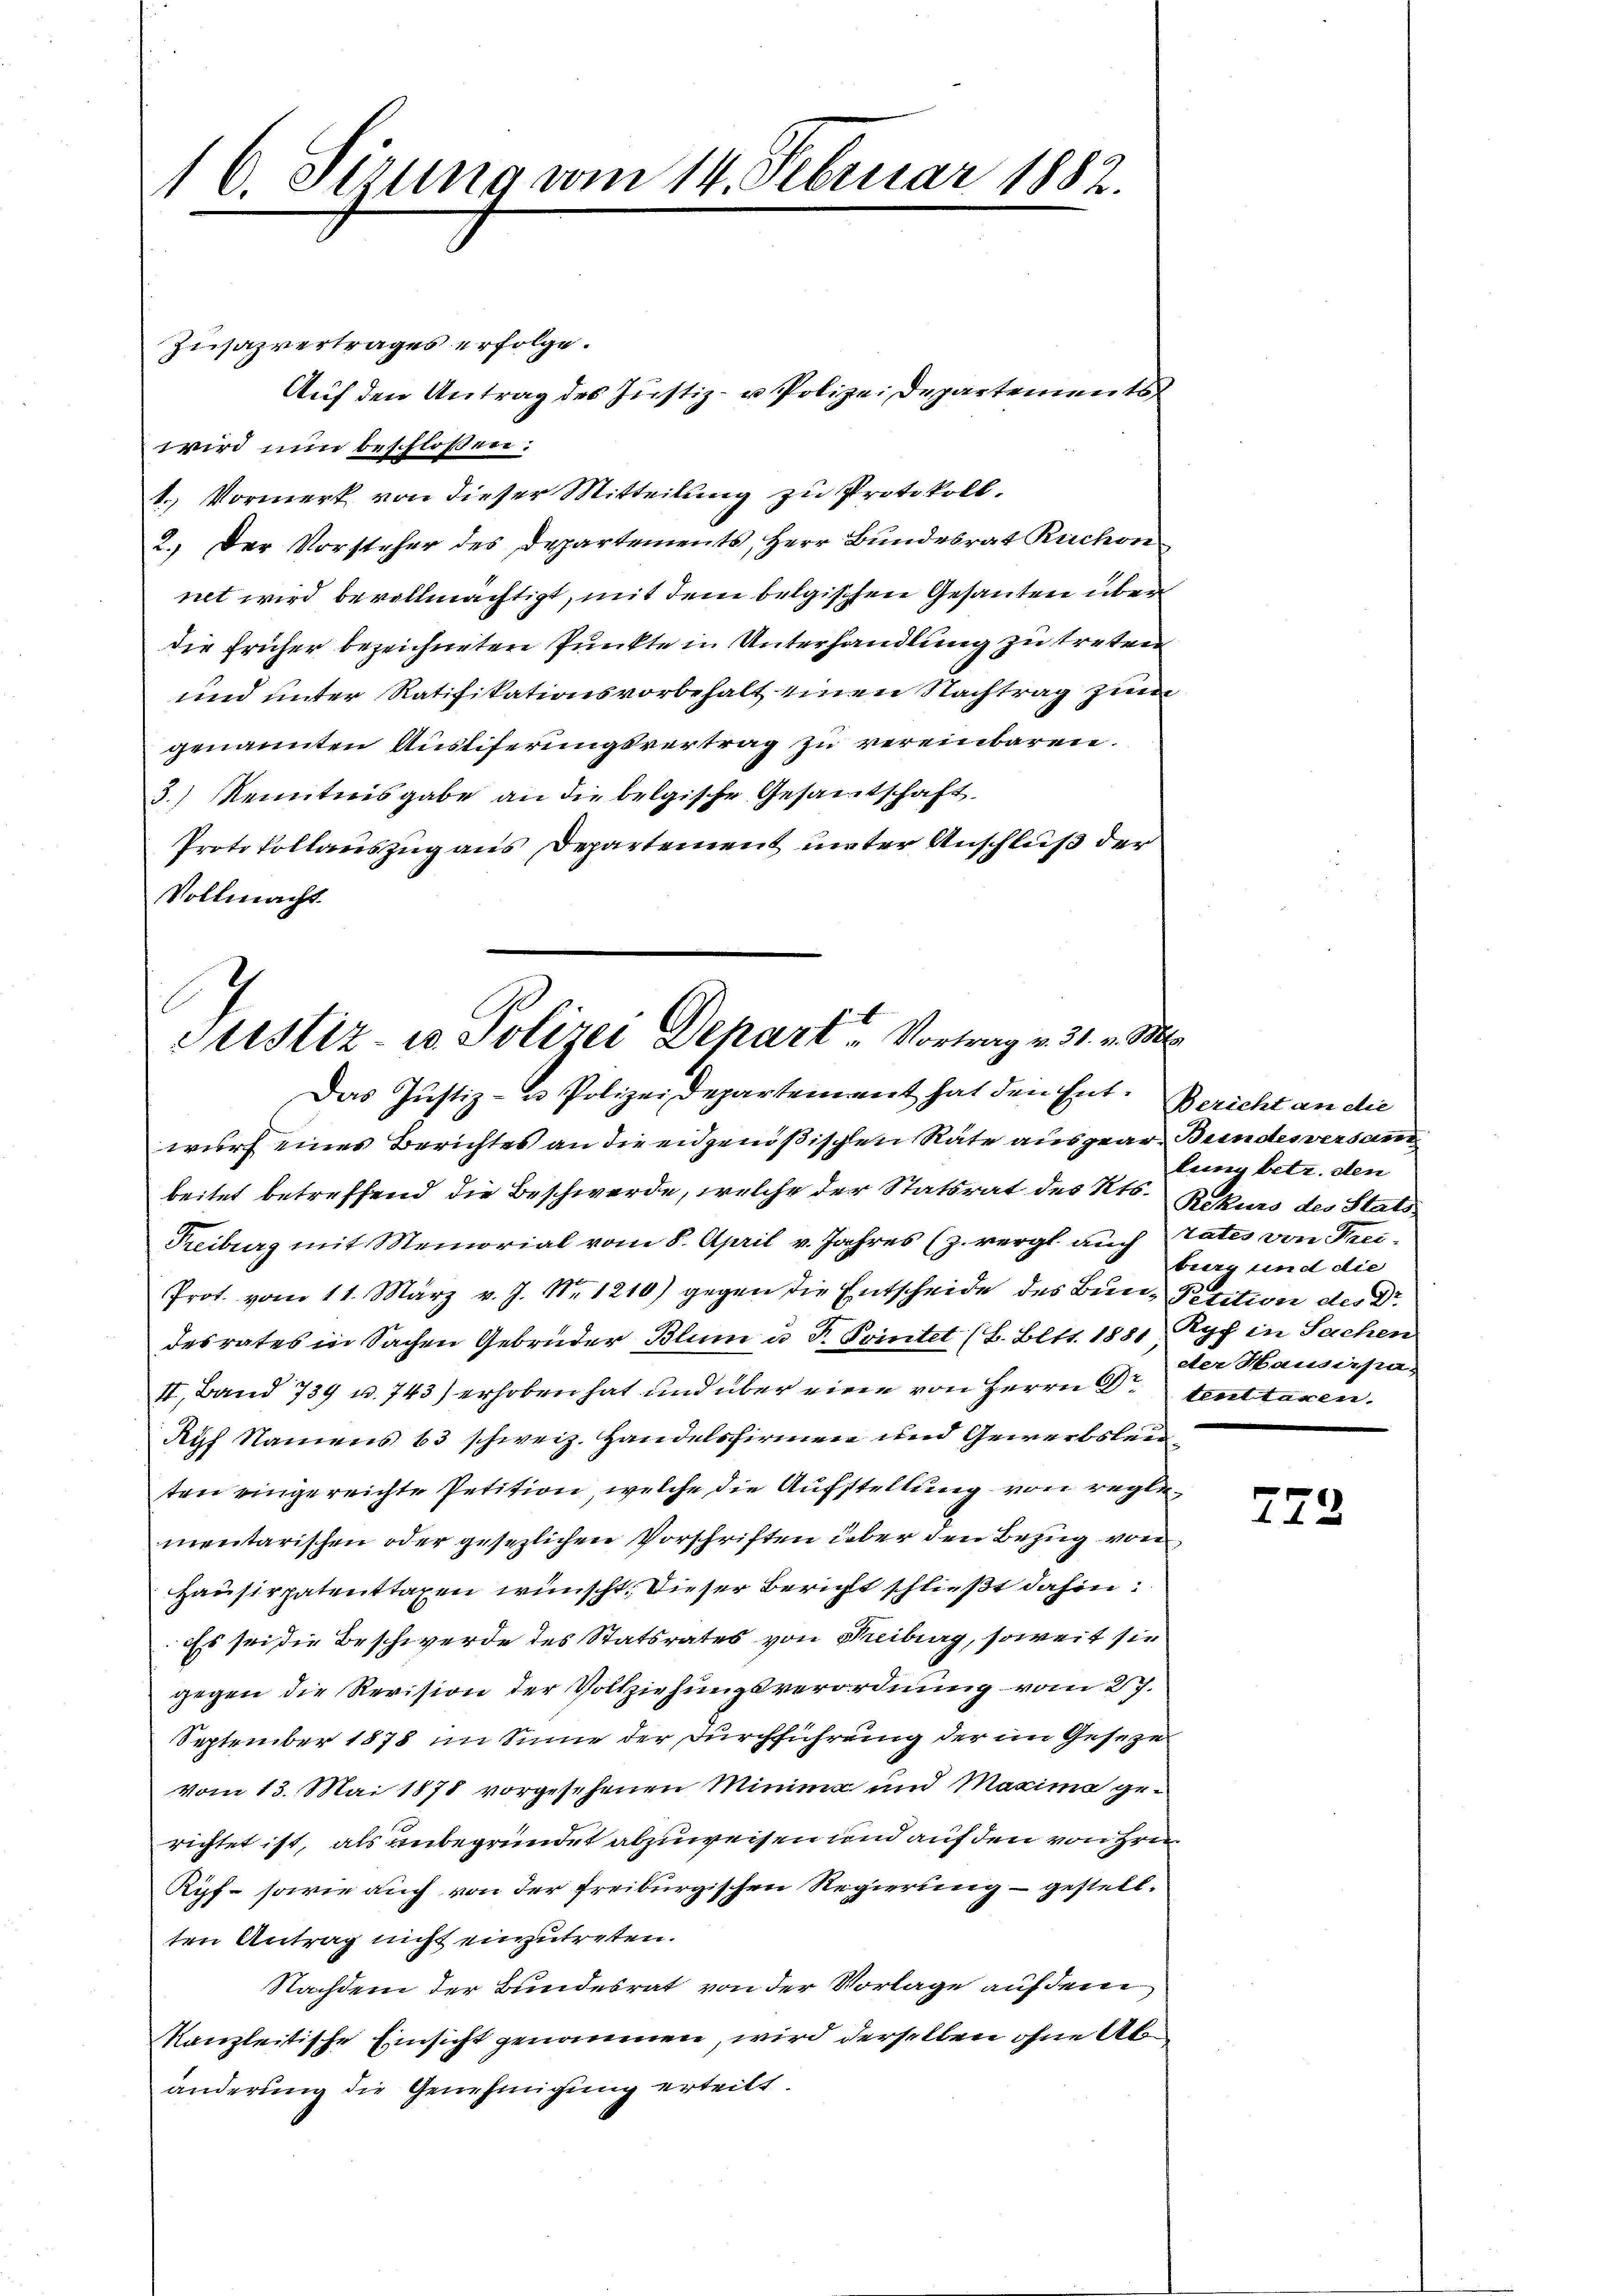
16. Sizung vom 14. Februar 1882.

Zusazvertrages erfolge.
Auf den Antrag des Justiz- u. Polizei Departement
wird nun beschloßen:
1.) Vormerk von dieser Mitteilung zu Protokoll.
2.) Der Vorsteher des Departements, Herr Bundesrat Ruchon
net wird bevollmächtigt, mit dem belgischen Gesanten über
die früher bezeichneten Punkte in Unterhandlung zu treten
und unter Ratifikationsvorbehalt einen Nachtrag zur
genannten Ausliferungsvertrag zu vereinbaren.
3.) Kenntnisgabe an die belgische Gesamtschaft.
Protokollauszug aus Departement unter Anschluß der
Vollmacht.

Justiz u. Polizei Depart Vortrag v. 31. v. S
Das Justiz- u Polizeidepartement hat den Ent. Bericht an die

wurf eines Berichtes an die eidgenößischen Räte ausgear- Bundesversamm
beitet betreffend die Beschwerde, welche der Statsrat des Kts. Rekurs des Stats
Treiburg mit Memorial vom 8. April v. Jahres (z. vergl. auch tates von Frei¬

Prot. vom 11. März v. J. Nr. 1210) gegen die Entscheide des Bun- Petition des Dr
desrates in Sachen Gebrüder Blum u. F. Pointet (S. Bett. 1881 Ryf in Sachen
II. Band 739 u. 743) erhoben hat und über eine von Herrn Dr. tent taxen
Ryf Namens 63 schweiz. Handelsfirmen und Gewerbsleiten eingereichte Petition, welche die Aufstellung von reglementarischen oder gesezlichen Vorschriften über den Bezug von
Hausirpatenttaxen wünscht. Dieser Bericht schließt dahin:
Es sei die Beschwerde des Statsrates von Freiburg, soweit sie
gegen die Revision der Vollziehungsverordnung vom 27.
September 1878 im Sinne der Durchführung der im Geseze
Vom 13. Mai 1878 vorgesehenen Minima und Maxima ge-
richtet ist, als unbegründet abzuweisen und auf den von Hei¬
Röpf- sowie auch von der Freiburgischen Regierung – gestellten Antrag nicht einzutreten.
Nachdem der Bundesrat von der Vorlage auf dem
kanzleitische Einsicht genommen, wird derselben ohne Abänderung die Genehmigung erteilt.

lung betr. den
burg und die
eter Hausirpa

272